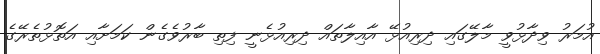
އުމަރު ވިދާޅުވީ މާލޭގައި ދިރިއުޅޭ އާއިލާތައް ދިރިއުޅެނީ ފިތި ބާރުވެގެން ކަމަށާއި އަތޮޅުތެރޭގެ